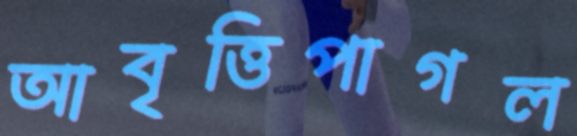
আবৃত্তিপাগল